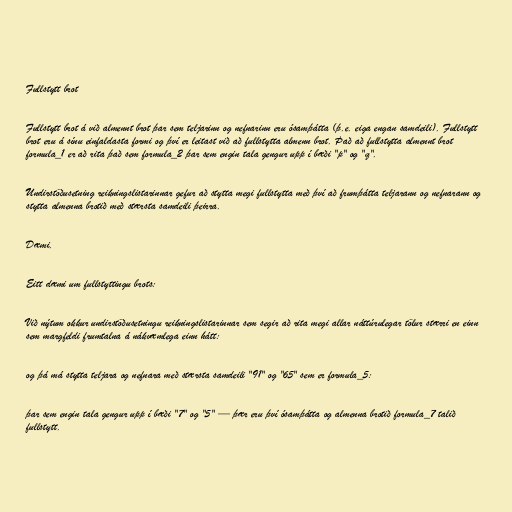
Fullstytt brot

Fullstytt brot á við almennt brot þar sem teljarinn og nefnarinn eru ósamþátta (þ.e. eiga engan samdeili). Fullstytt
brot eru á sínu einfaldasta formi og því er leitast við að fullstytta almenn brot. Það að fullstytta almennt brot
formula_1 er að rita það sem formula_2 þar sem engin tala gengur upp í bæði "p" og "q".

Undirstöðusetning reikningslistarinnar gefur að stytta megi fullstytta með því að frumþátta teljarann og nefnarann og
stytta almenna brotið með stærsta samdeili þeirra.

Dæmi.

Eitt dæmi um fullstyttingu brots:

Við nýtum okkur undirstöðusetningu reikningslistarinnar sem segir að rita megi allar náttúrulegar tölur stærri en einn
sem margfeldi frumtalna á nákvæmlega einn hátt:

og þá má stytta teljara og nefnara með stærsta samdeili "91" og "65" sem er formula_5:

þar sem engin tala gengur upp í bæði "7" og "5" — þær eru því ósamþátta og almenna brotið formula_7 talið
fullstytt.